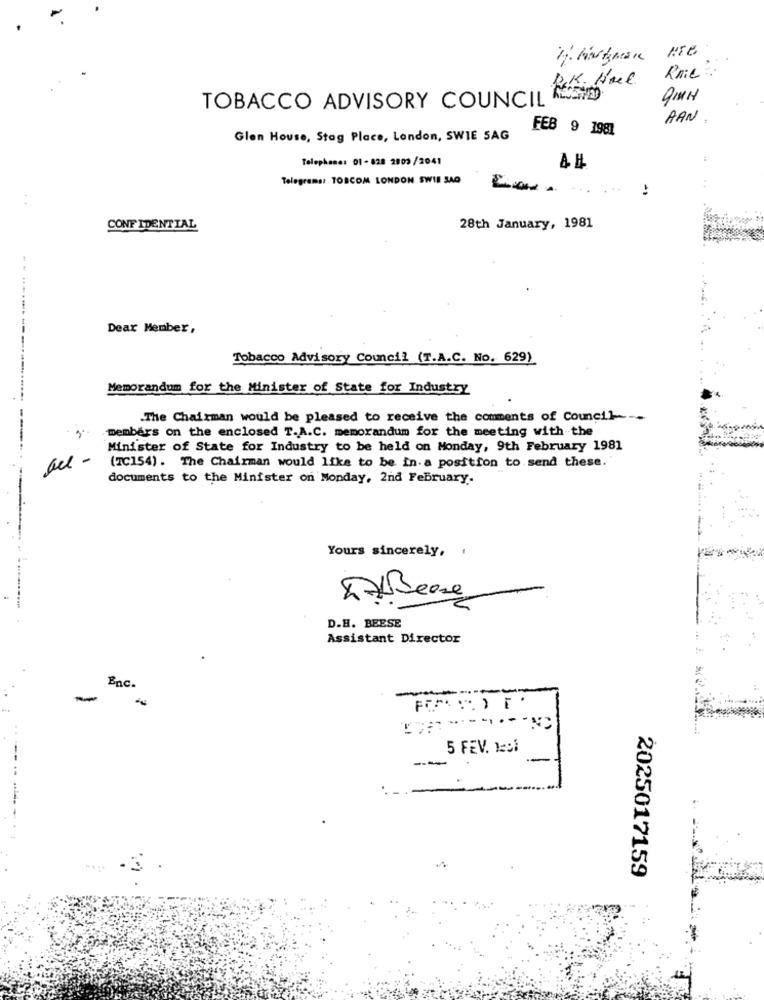
Knie:
ROK. Hol
TOBACCO ADVISORY COUNCIL 2
AAN
FEB 9 1981
Glen House, Stag Place, London, SWIE SAG
Telephone: 01- 828 2803/2041
Telegrams: TOBCOM LONDON SWIN SAO
. ..
..
CONFIDENTIAL
28th January, 1981
Dear Member,
Tobacco Advisory Council (T.A.C. No. 629)
Memorandum for the Minister of State for Industry
.The Chairman would be pleased to receive the comments of Council ---
members on the enclosed T.A.C. memorandum for the meeting with the
......--------...--- ---
Minister of State for Industry to be held on Monday, 9th February 1981
(20154). The Chairman would like to be in.a position to send these.'
documents to the Minister on Monday, 2nd February.
Yours sincerely, .
DABease
D.H. BEESE
Assistant Director
Enc.
-
-
5 FEV. 1=91
---
-
2025017159